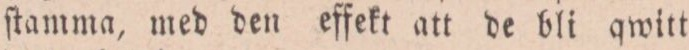
ſtamma, med den effekt att de bli qwitt